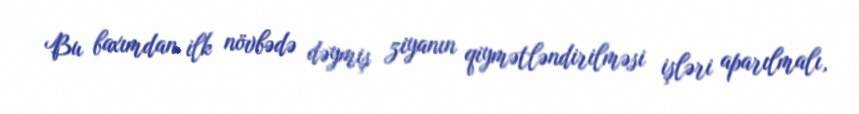
Bu baxımdan ilk növbədə dəymiş ziyanın qiymətləndirilməsi işləri aparılmalı,